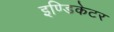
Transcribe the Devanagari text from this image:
इण्डिकेटर